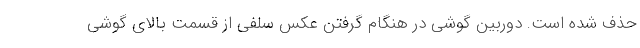
حذف شده است. دوربین گوشی در هنگام گرفتن عکس سلفی از قسمت بالای گوشی